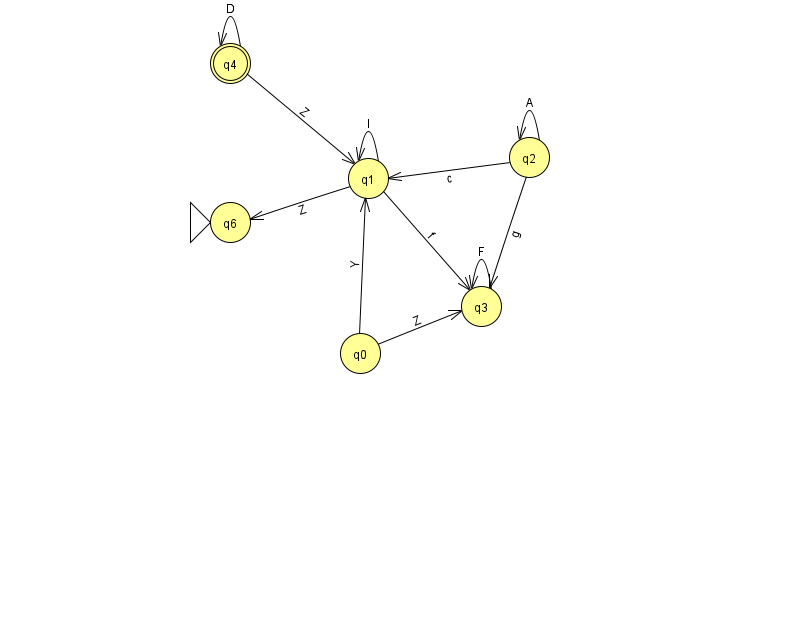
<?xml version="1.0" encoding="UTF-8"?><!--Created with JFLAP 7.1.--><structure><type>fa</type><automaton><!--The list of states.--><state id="0" name="q0"><x>360.0</x><y>340.0</y></state><state id="1" name="q1"><x>368.0</x><y>165.0</y></state><state id="2" name="q2"><x>529.0</x><y>144.0</y></state><state id="3" name="q3"><x>481.0</x><y>293.0</y></state><state id="4" name="q4"><x>230.0</x><y>50.0</y><final/></state><state id="6" name="q6"><x>230.0</x><y>209.0</y><initial/></state><!--The list of transitions.--><transition><from>2</from><to>3</to><read>g</read></transition><transition><from>2</from><to>2</to><read>A</read></transition><transition><from>1</from><to>6</to><read>Z</read></transition><transition><from>4</from><to>4</to><read>D</read></transition><transition><from>0</from><to>1</to><read>Y</read></transition><transition><from>3</from><to>3</to><read>F</read></transition><transition><from>4</from><to>1</to><read>Z</read></transition><transition><from>0</from><to>3</to><read>Z</read></transition><transition><from>1</from><to>3</to><read>f</read></transition><transition><from>2</from><to>1</to><read>c</read></transition><transition><from>1</from><to>1</to><read>l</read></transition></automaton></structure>